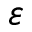
\varepsilon